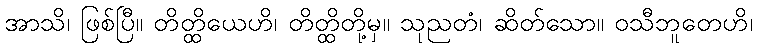
အာသိ၊ ဖြစ်ပြီ။ တိတ္ထိယေဟိ၊ တိတ္ထိတို့မှ။ သုညတံ၊ ဆိတ်သော။ ဝသီဘူတေဟိ၊